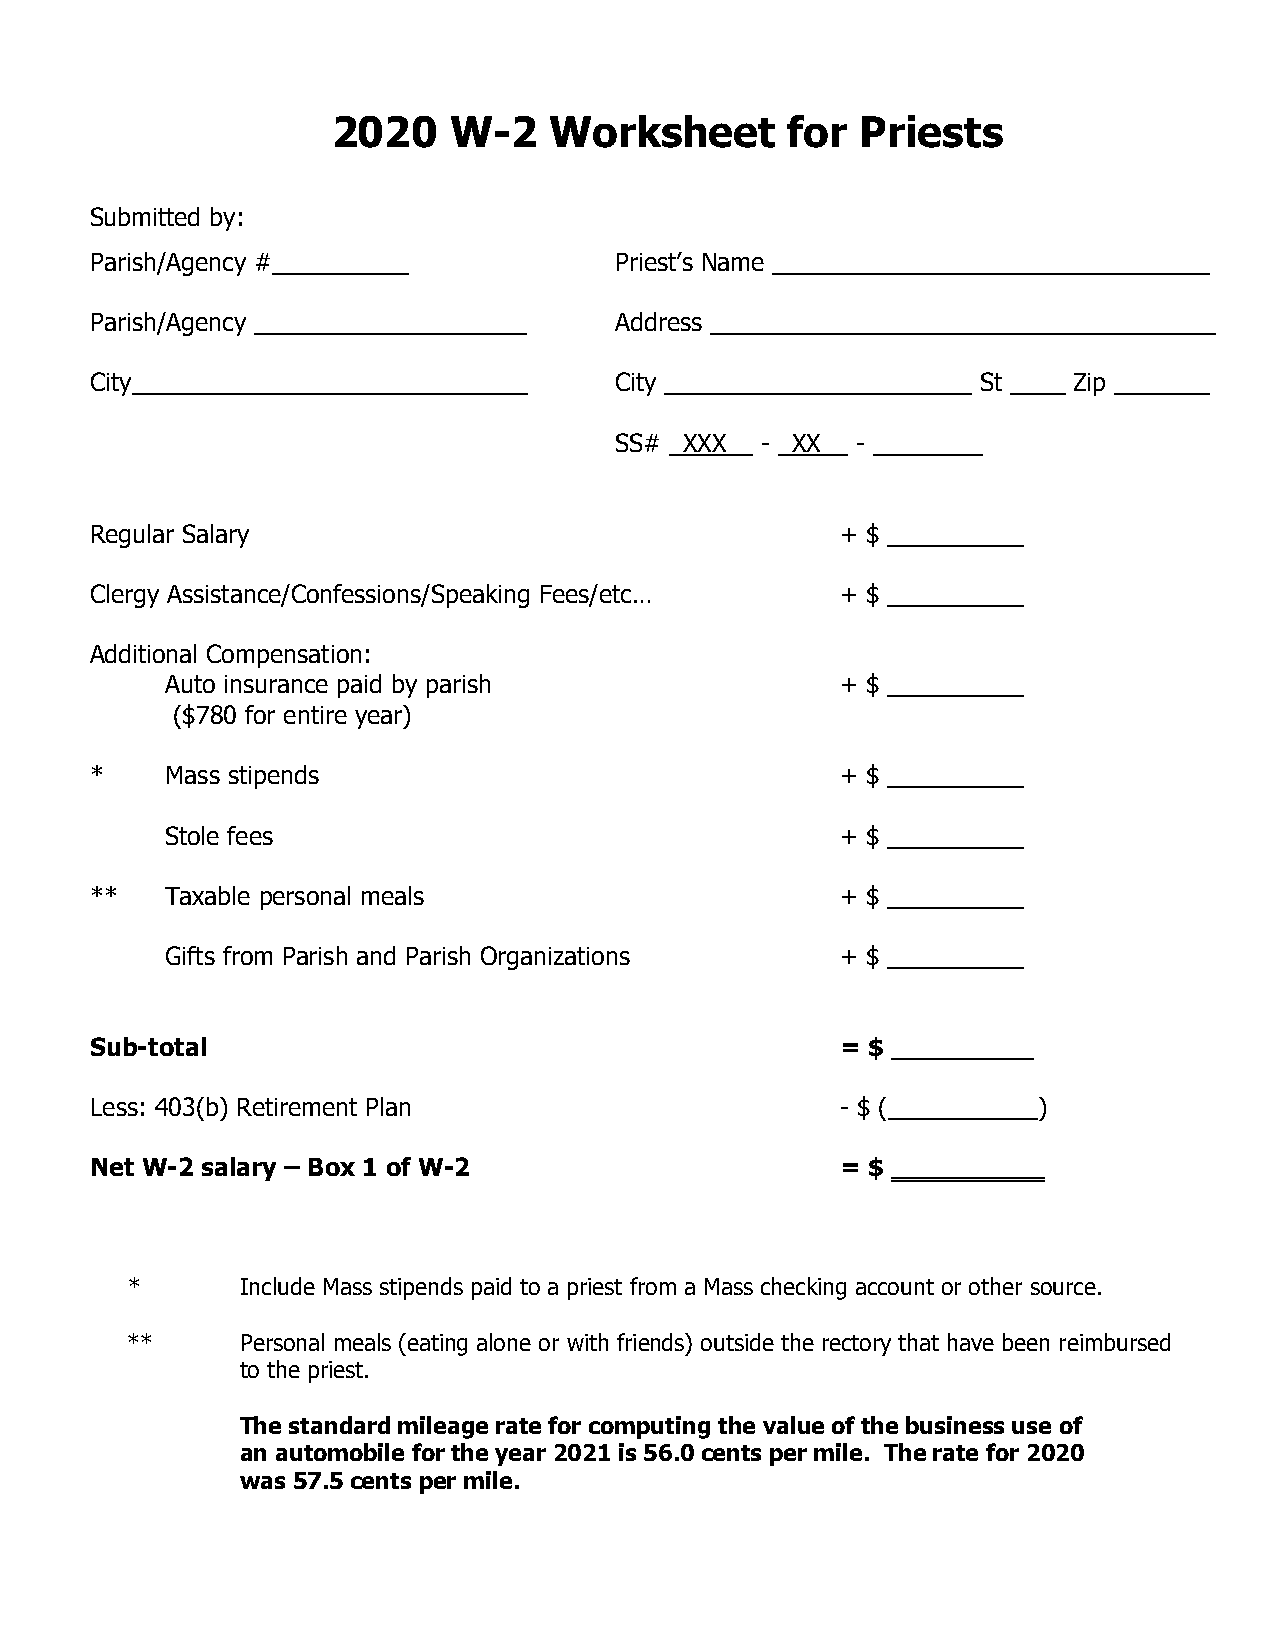
2020    W-2   Worksheet       for  Priests
 Submitted by:
 Parish/Agency #__________          Priest’s Name ________________________________
 Parish/Agency ____________________ Address _____________________________________
 City_____________________________  City ______________     St ____ Zip _______
 SS# _XXX__ - _XX__ - ________
 Regular Salary                                    + $ __________
 Clergy Assistance/Confessions/Speaking Fees/etc…  + $ __________
 Additional Compensation:
 Auto insurance paid by parish                + $ __________
 ($780 for entire year)
 *    Mass stipends                                + $ __________
 Stole fees                                   + $ __________
 **   Taxable personal meals                       + $ __________
 Gifts from Parish and Parish Organizations   + $ __________
 Sub-total                                         = $ _________
 Less: 403(b) Retirement Plan                      - $ (___________)
 Net W-2 salary – Box 1 of W-2                     = $
 *       Include Mass stipends paid to a priest from a Mass checking account or other source.
 **      Personal meals (eating alone or with friends) outside the rectory that have been reimbursed
 to the priest.
 The standard mileage rate for computing the value of the business use of
 an automobile for the year 2021 is 56.0 cents per mile. The rate for 2020
 was 57.5 cents per mile.